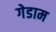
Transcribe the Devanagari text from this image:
गेडाम